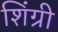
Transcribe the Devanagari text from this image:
शिंग्री